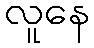
လူနေ